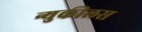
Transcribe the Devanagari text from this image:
न्युकीलस